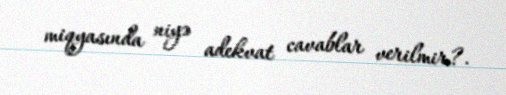
miqyasında niyə adekvat cavablar verilmir?.